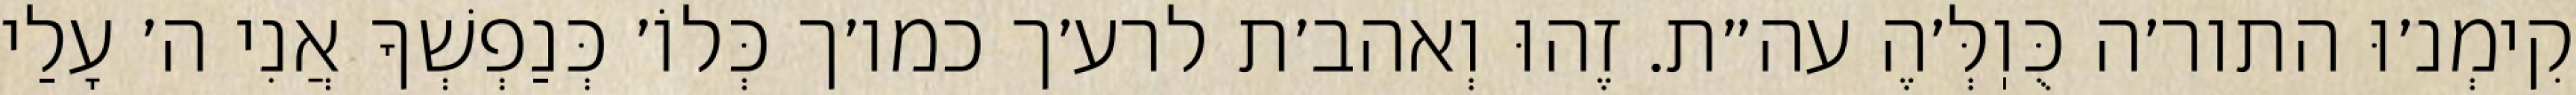
קִימְנ׳וּ התור׳ה כֻּוֽלְּ׳הֶ עה״ת. זֶהוּ וְאהב׳ת לרע׳ך כמו׳ך כְּלוֹ׳ כְּנַפְשְׁךָ אֲנִי ה׳ עָלַי